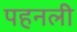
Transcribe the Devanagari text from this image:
पहनली